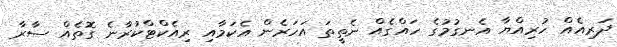
ދަރިއެއް ހުރިއްޔާ އެނގުމުގެ ހައްގެއް ނެތީތަ އަހަރެން އެކަމާއި ރިއެކްޓްކުރާނެ ގޮތެއް ސާރާ